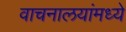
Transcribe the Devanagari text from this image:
वाचनालयांमध्ये